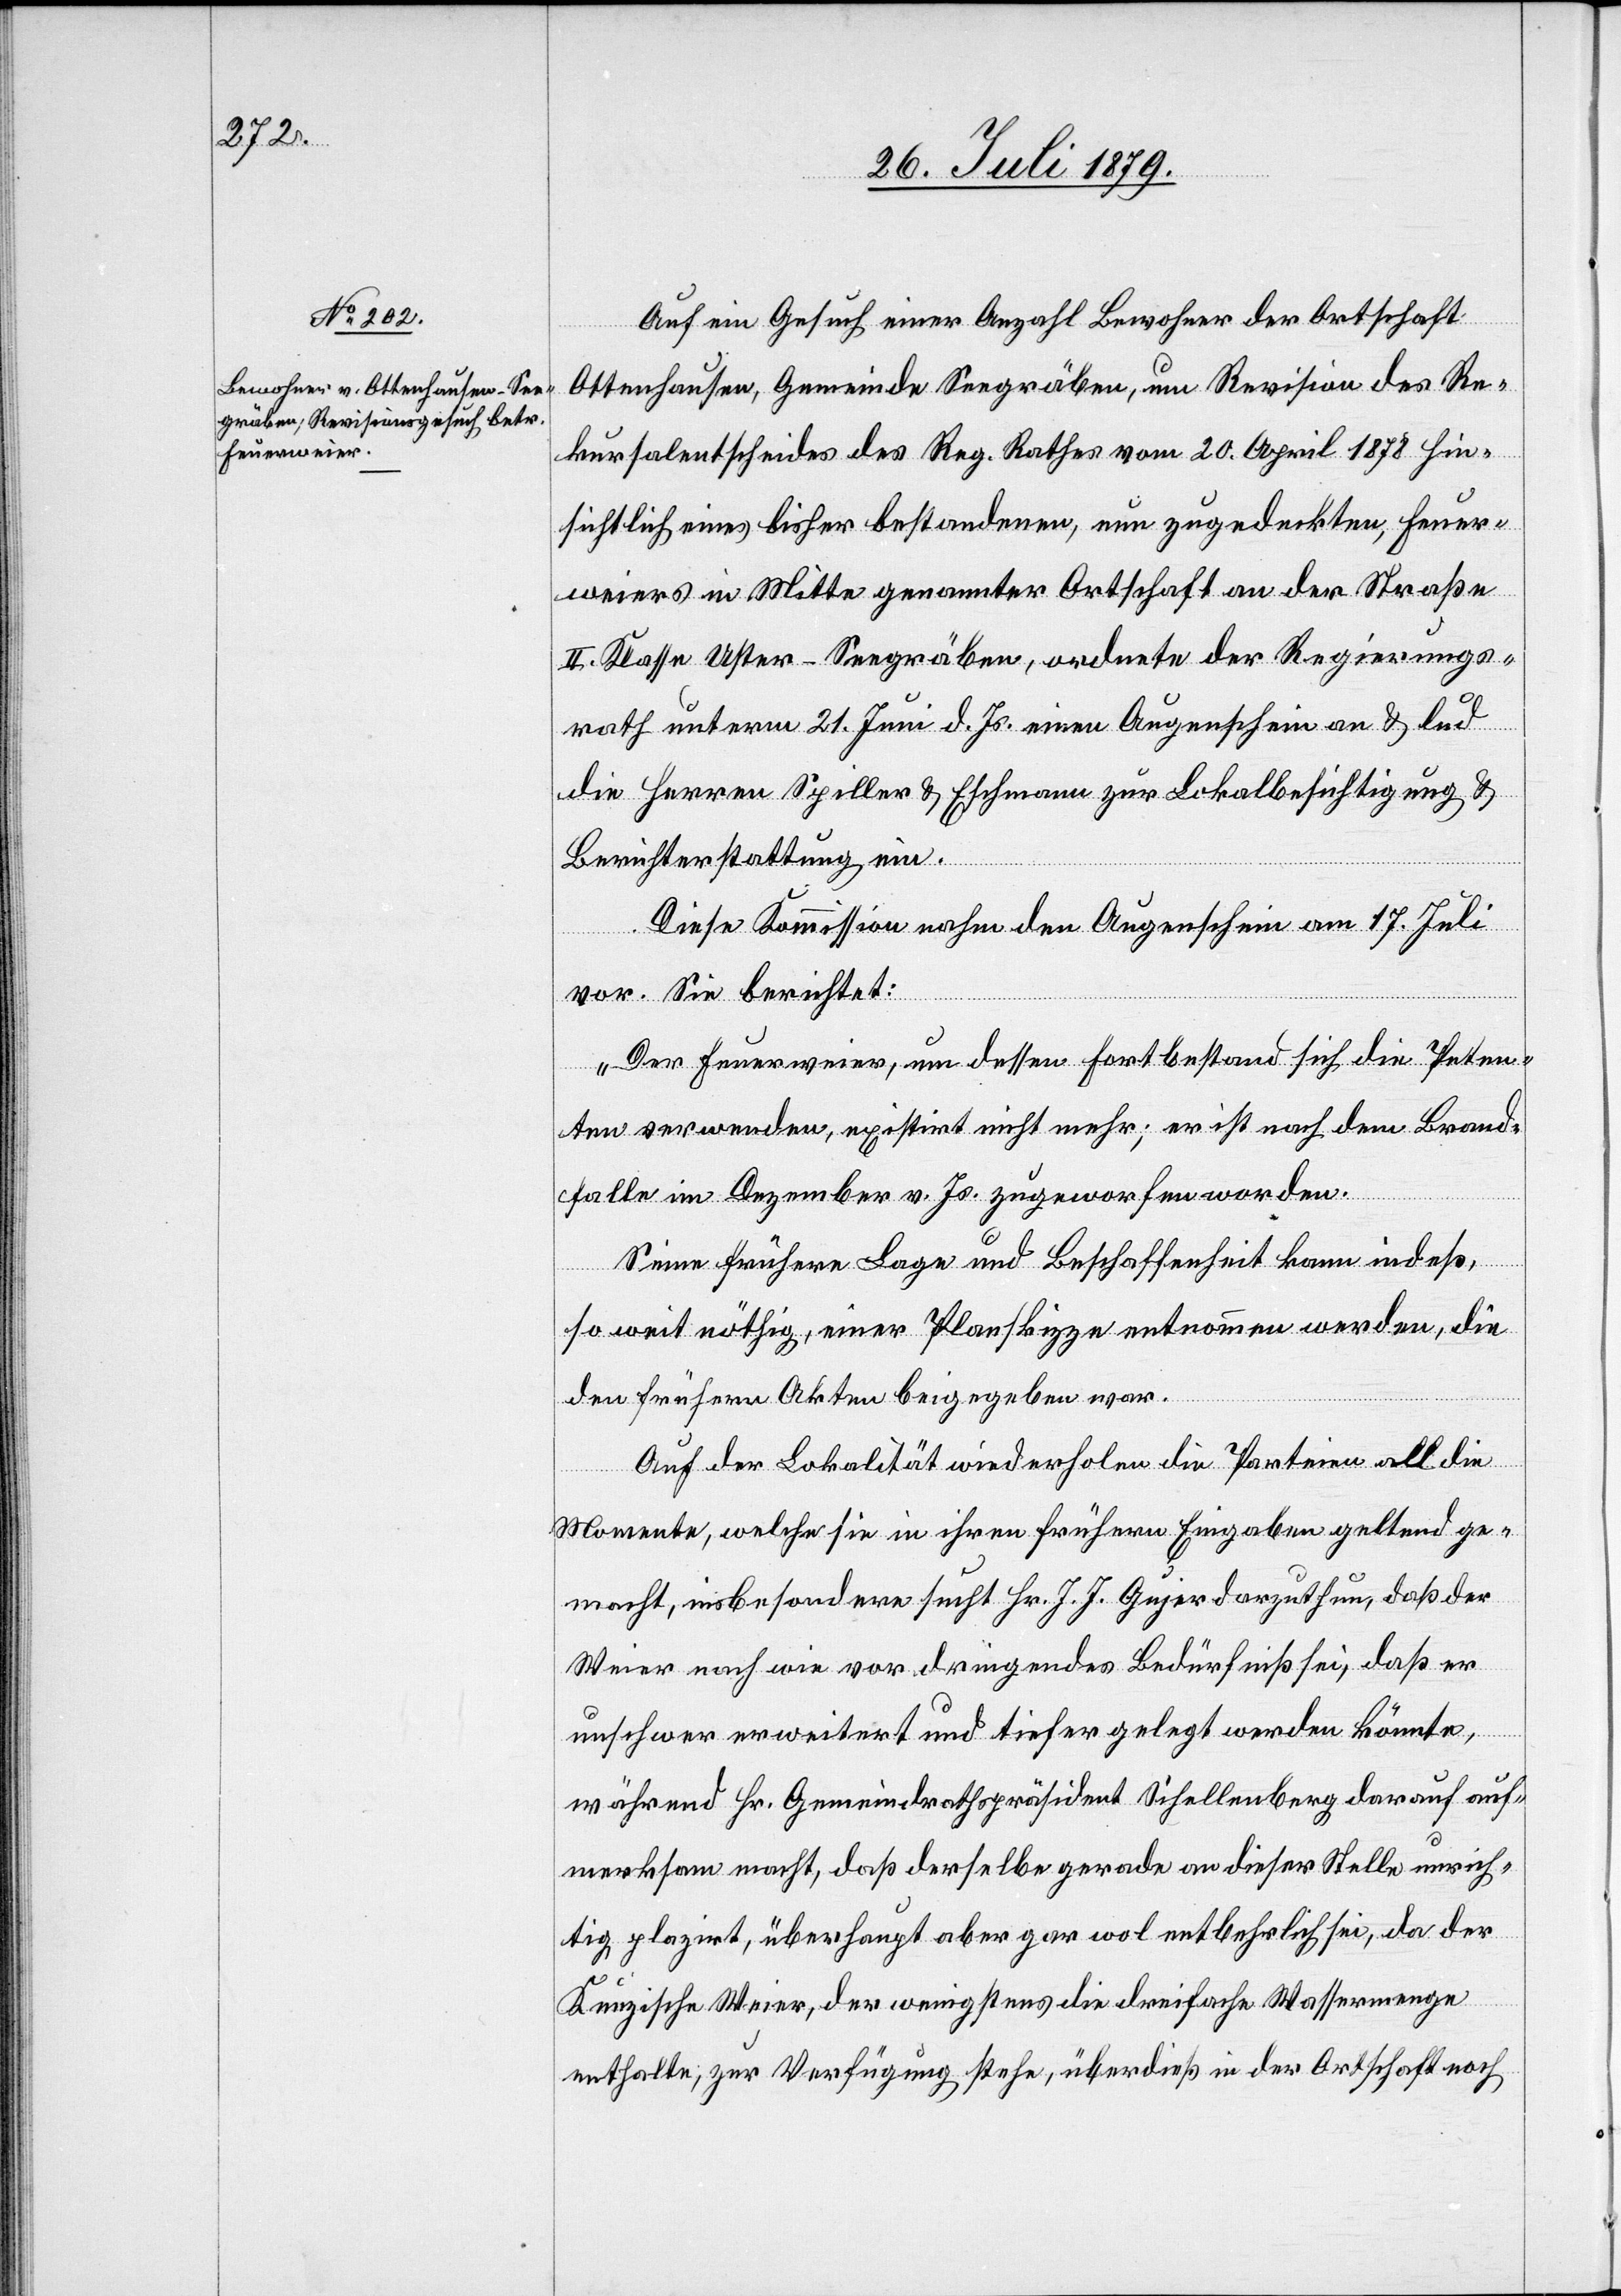
Auf ein Gesuch einer Anzahl Bewohner der Ortschaft
Ottenhausen, Gemeinde Seegräben, um Revision des Re¬
kursalentscheides des Reg. Rathes vom 20. April 1878 hin¬
sichtlich eines bisher bestandenen, nun zugedeckten, Feuer¬
weiers in Mitte genannter Ortschaft an der Straße
II. Klasse Uster–Seegräben, ordnete der Regierungs¬
rath unterm 21. Juni d. Js. einen Augenschein an & lud
die Herren Spiller & Eschmann zur Lokalbesichtigung &
Berichterstattung ein.
Diese Kommission nahm den Augenschein am 17. Juli
vor. Sie berichtet:
„Der Feuerverein, um dessen Fortbestand sich die Peten¬
ten verwenden, existirt nicht mehr; er ist nach dem Brand¬
falle im Dezember v. Js. zugeworfen worden.
Seine frühere Lage und Beschaffenheit kann indeß,
so weit nöthig, einer Planskizze entnommen werden, die
den frühern Akten beigegeben war.
Auf der Lokalität wiederholen die Parteien all die
Momente, welche sie in ihren frühern Eingaben geltend ge¬
macht, insbesondere sucht Hr. J. J. Gujer darzuthun, daß der
Weier nach wie vor dringendes Bedürfniß sei, daß er
unschwer erweitert und tiefer gelegt werden könnte,
während Hr. Gemeindrathspräsident Schellenberg darauf auf¬
merksam macht, daß derselbe gerade an dieser Stelle unrich¬
tig plazirt, überhaupt aber gar wol entbehrlich sei, da der
Kunzische Weier, der wenigstens die dreifache Wassermenge
enthalte, zur Verfügung stehe, überdieß in der Ortschaft noch